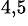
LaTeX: ^{4,5}